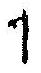
1